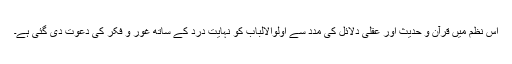
اس نظم میں قرآن و حدیث اور عقلی دلائل کی مدد سے اولوالالباب کو نہایت درد کے ساتھ غور و فکر کی دعوت دی گئی ہے۔